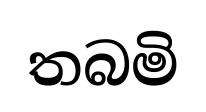
තබමි